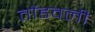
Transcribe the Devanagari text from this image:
तोंडवली